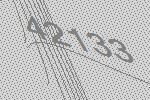
42133